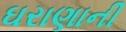
ઘરાણાની